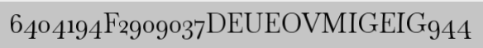
6404194F2909037DEUEOVMIGEIG944